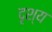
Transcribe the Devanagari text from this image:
दृश्‍य